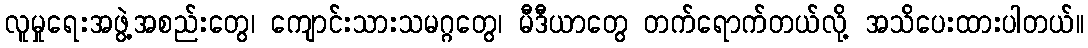
လူမှုရေးအဖွဲ့အစည်းတွေ၊ ကျောင်းသားသမဂ္ဂတွေ၊ မီဒီယာတွေ တက်ရောက်တယ်လို့ အသိပေးထားပါတယ်။